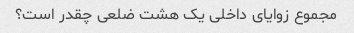
مجموع زوایای داخلی یک هشت ضلعی چقدر است؟